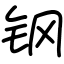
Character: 钢